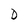
Character: D